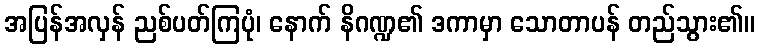
အပြန်အလှန် ညစ်ပတ်ကြပုံ၊ နောက် နိဂဏ္ဍ၏ ဒကာမှာ သောတာပန် တည်သွား၏။